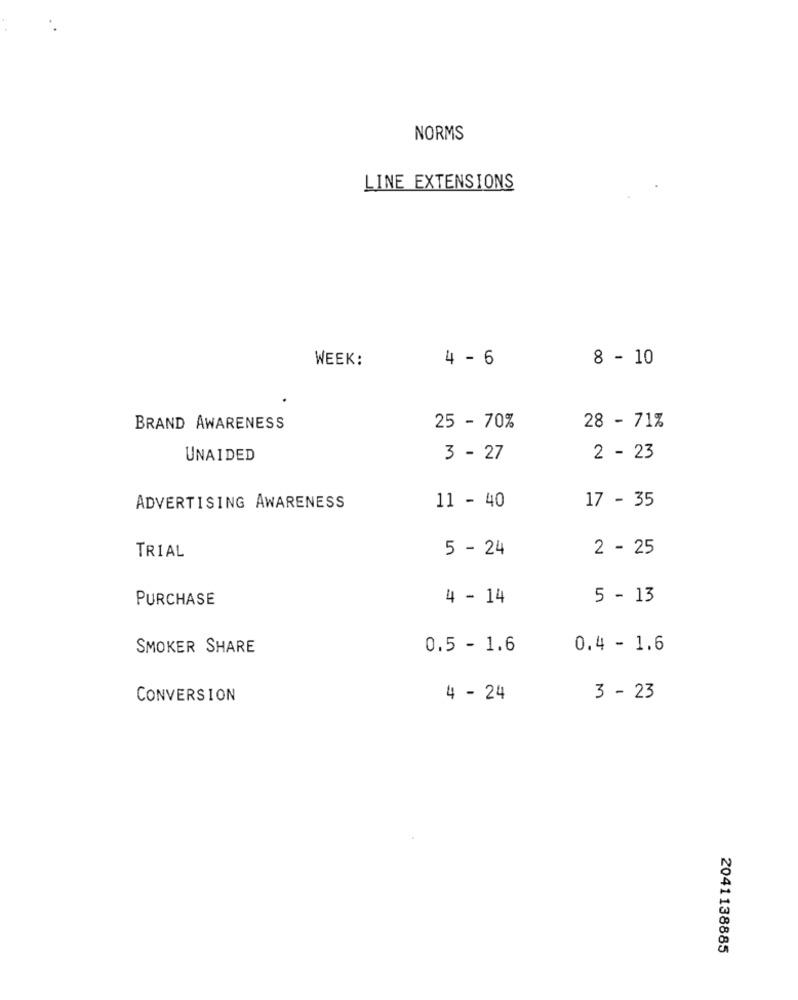
NORMS
LINE EXTENSIONS
WEEK:
4 - 6
8 - 10
.
BRAND AWARENESS
25 - 70%
28 - 71%
UNAIDED
3 - 27
2 - 23
17 - 35
ADVERTISING AWARENESS
11 - 40
5 - 24
2 - 25
TRIAL
PURCHASE
4 - 14
5 - 13
SMOKER SHARE
0.5 - 1.6
0.4 - 1.6
CONVERSION
4 - 24
3 - 23
2041138885